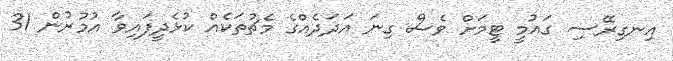
އިނގިރޭސި ގައުމީ ޓީމަށް ވެސް ގިނަ އަދަދެއްގެ މެޗުތަކެއް ކުޅެދީފައިވާ އުމުރުން 31